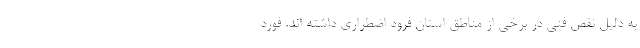
به دلیل نقص فنی در برخی از مناطق استان فرود اضطراری داشته اند. فورد